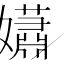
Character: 𡣾